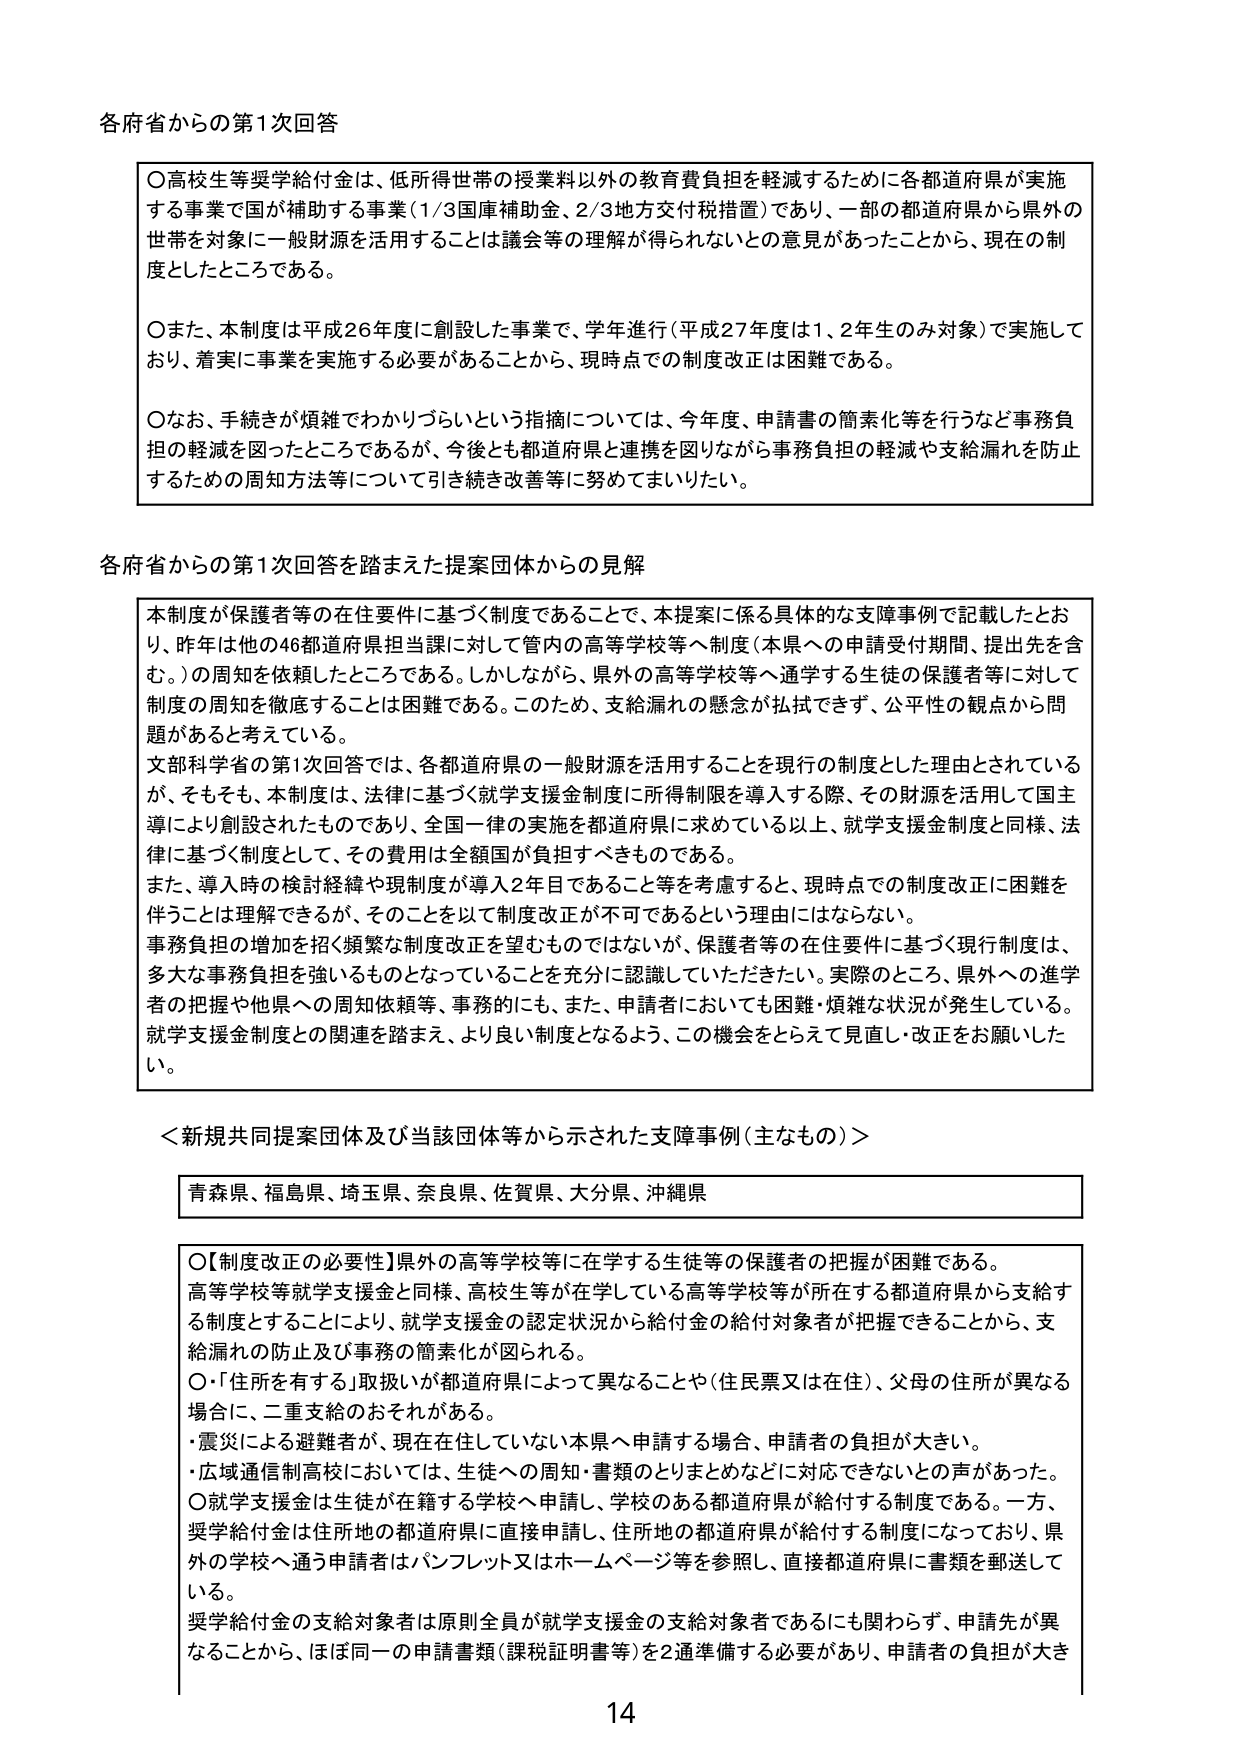
各府省からの第1次回答

〇高校生等奨学給付金は、低所得世帯の授業料以外の教育費負担を軽減するために各都道府県が実施する事業で国が補助する事業（1/3国庫補助金、2/3地方交付税措置）であり、一部の都道府県から県外の世帯を対象に一般財源を活用することは議会等の理解が得られないとの意見があったことから、現在の制度としたところである。

〇また、本制度は平成26年度に創設した事業で、学年進行（平成27年度は1、2年生のみ対象）で実施しており、着実に事業を実施する必要があることから、現時点での制度改正は困難である。

〇なお、手続きが煩雑でわかりづらいという指摘については、今年度、申請書の簡素化等を行うなど事務負担の軽減を図ったところであるが、今後とも都道府県と連携を図りながら事務負担の軽減や支給漏れを防止するための周知方法等について引き続き改善等に努めてまいりたい。

各府省からの第1次回答を踏まえた提案団体からの見解

本制度が保護者等の在住要件に基づく制度であること、本提案に係る具体的な支障事例で記載したとおり、昨年は他の46都道府県担当課に対して管内の高等学校等へ制度（本県への申請受付期間、提出先を含む。）の周知を依頼したところである。しかしながら、県外の高等学校等へ通学する生徒の保護者等に対して制度の周知を徹底することは困難である。このため、支給漏れの懸念が払拭できず、公平性の観点から問題があると考えている。

文部科学省の第1次回答では、各都道府県の一般財源を活用することを現行の制度とした理由とされているが、そもそも、本制度は、法律に基づく就学支援金制度に所得制限を導入する際、その財源を活用して国主導により創設されたものであり、全国一律の実施を都道府県に求めている以上、就学支援金制度と同様、法律に基づく制度として、その費用は全額国が負担すべきものである。

また、導入時の検討経緯や現制度が導入2年目であること等を考慮すると、現時点での制度改正に困難を伴うことは理解できるが、そのことを以て制度改正が不可であるという理由にはならない。

事務負担の増加を招く頻繁な制度改正を望むものではないが、保護者等の在住要件に基づく現行制度は、多大な事務負担を強いるものとなっていることを充分に認識していただきたい。実際のところ、県外への進学者の把握や他県への周知依頼等、事務的にも、また、申請者においても困難・煩雑な状況が発生している。就学支援金制度との関連を踏まえ、より良い制度となるよう、この機会をとらえて見直し・改正をお願いしたい。

＜新規共同提案団体及び当該団体等から示された支障事例（主なもの）＞

青森県、福島県、埼玉県、奈良県、佐賀県、大分県、沖縄県

〇【制度改正の必要性】県外の高等学校等に在学する生徒等の保護者の把握が困難である。高等学校等就学支援金と同様、高校生等が在学している高等学校等が所在する都道府県から支給する制度とすることにより、就学支援金の認定状況から給付金の給付対象者が把握できることから、支給漏れの防止及び事務の簡素化が図られる。

〇「住所を有する」取扱いが都道府県によって異なることや（住民票又は在住）、父母の住所が異なる場合に、二重支給のおそれがある。

・震災による避難者が、現在在住していない本県へ申請する場合、申請者の負担が大きい。

・広域通信制高校においては、生徒への周知・書類のとりまとめなどに対応できないとの声があった。

〇就学支援金は生徒が在籍する学校へ申請し、学校のある都道府県が給付する制度である。一方、奨学給付金は住所地の都道府県に直接申請し、住所地の都道府県が給付する制度になっており、県外の学校へ通う申請者はパンフレット又はホームページ等を参照し、直接都道府県に書類を郵送している。

奨学給付金の支給対象者は原則全員が就学支援金の支給対象者であるにも関わらず、申請先が異なることから、ほぼ同一の申請書類（課税証明書等）を2通準備する必要があり、申請者の負担が大きい。

14